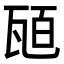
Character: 瓸